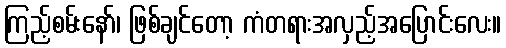
ကြည့်စမ်းနော်၊ ဖြစ်ချင်တော့ ကံတရားအလှည့်အပြောင်းလေး။